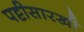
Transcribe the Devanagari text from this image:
पट्टीसारखी